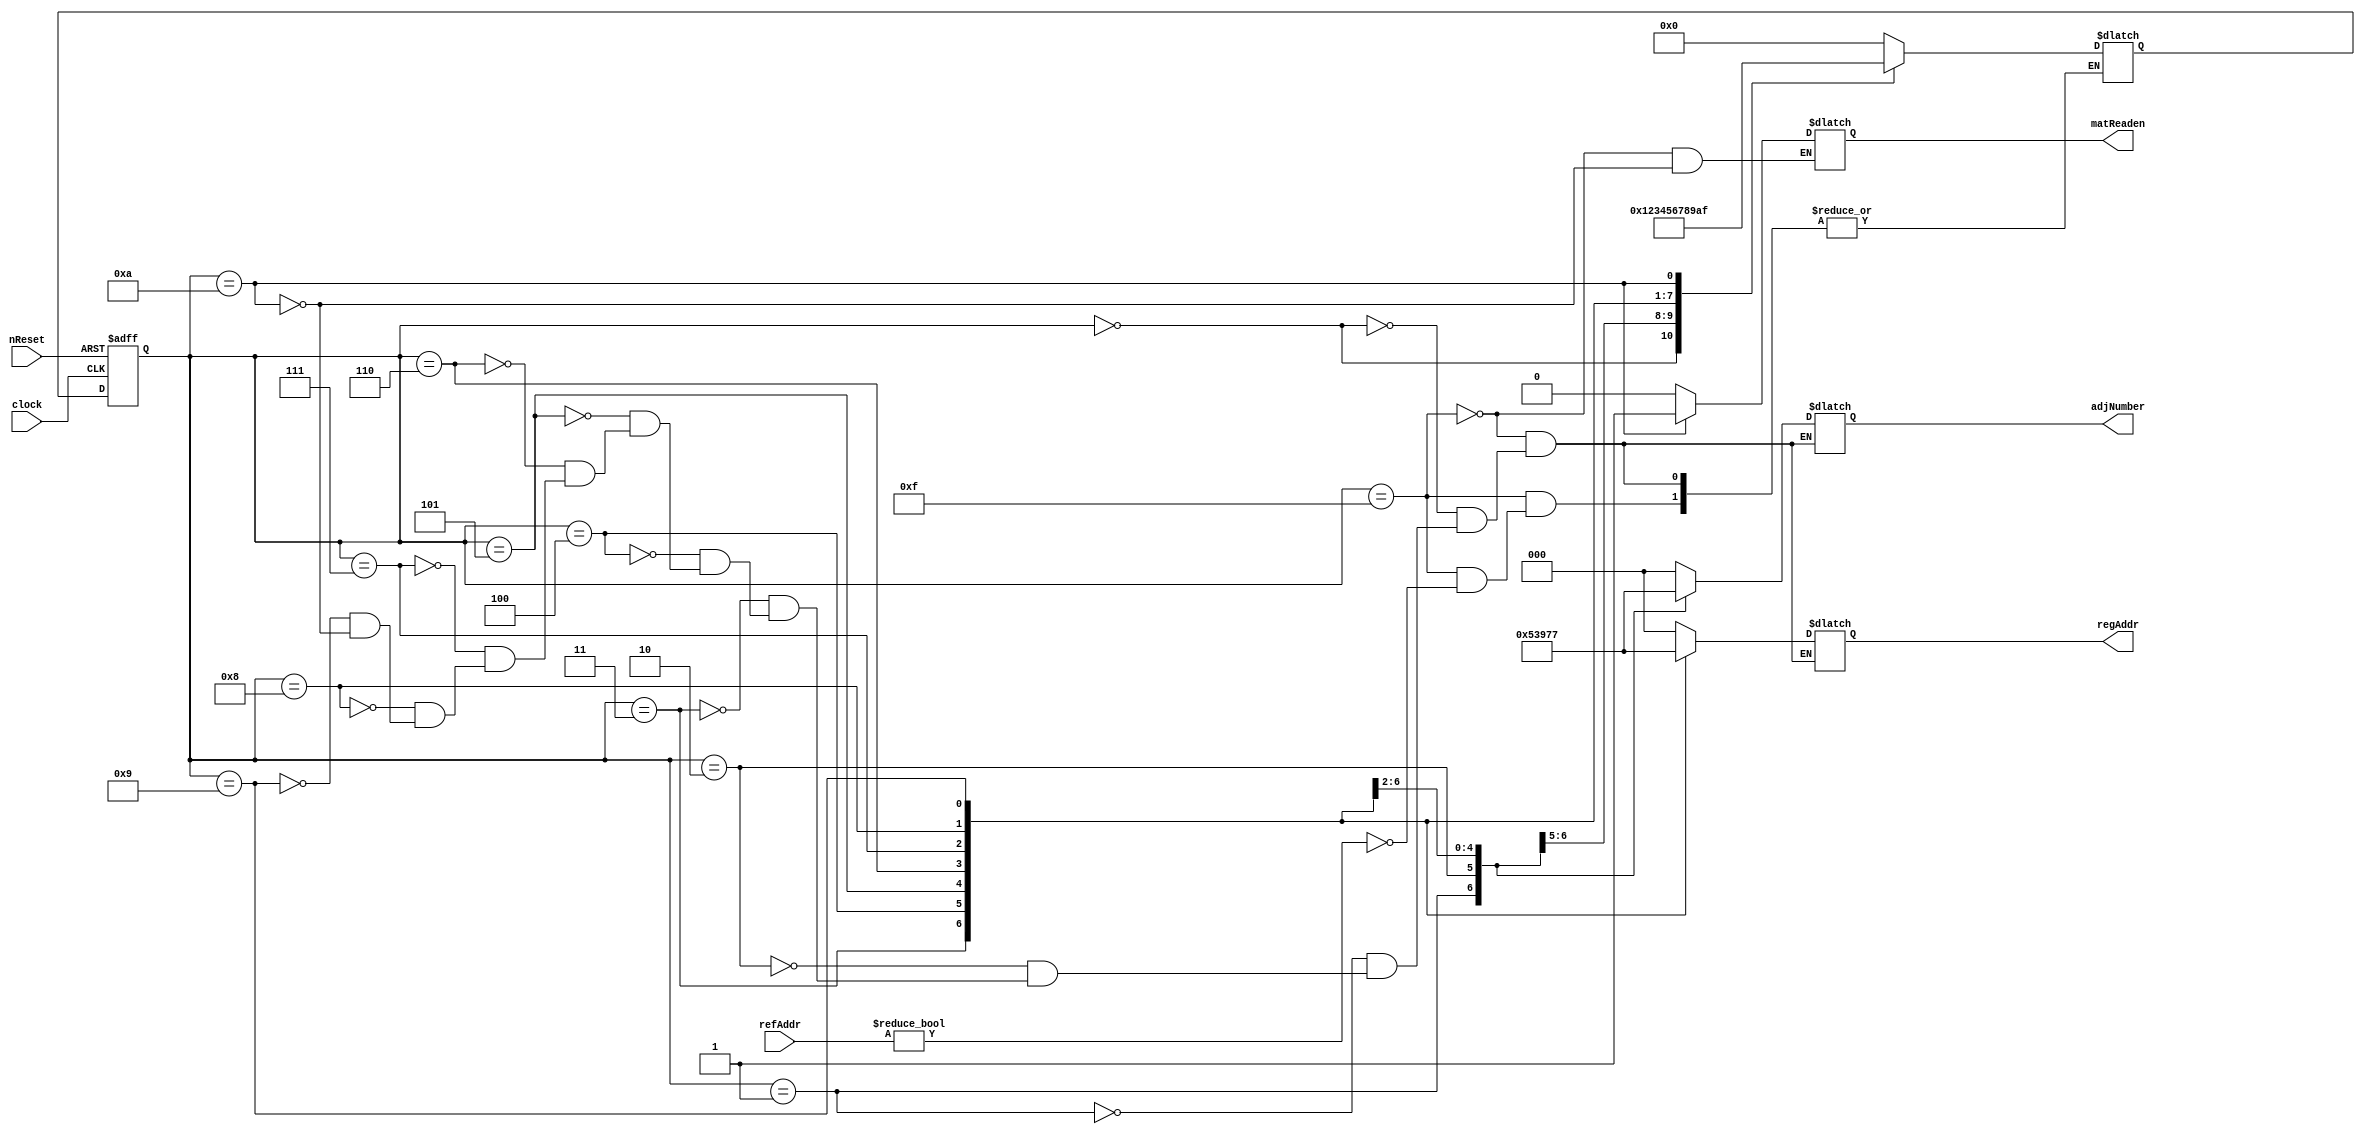
// This program was cloned from: https://github.com/ISKU/Autonomous-Drone-Design
// License: GNU General Public License v3.0

`define INIT 4'd15
`define S0 4'd0
`define S1 4'd1
`define S2 4'd2
`define S3 4'd3
`define S4 4'd4
`define S5 4'd5
`define S6 4'd6
`define S7 4'd7
`define S8 4'd8
`define S9 4'd9
`define S10 4'd10

module Mat_Controller (clock, nReset, refAddr, adjNumber, regAddr, matReaden);
	input clock;
	input nReset;
	input [14:0] refAddr; // 
	output [2:0] adjNumber; //   
	output [2:0] regAddr; //  
	output matReaden;
	
	reg [2:0] adjNumber; // 8  Index
	reg [2:0] regAddr; //  
	reg matReaden; // Datapath     enable 
	
	reg [3:0] curState, nextState; //  
	
	// Clock      
	always @(posedge clock or negedge nReset) begin
		if (!nReset)
			curState <= `INIT;
		else
			curState <= nextState;
	end
	
	// FSM
	always @(curState or refAddr) begin
		casex (curState)
			`INIT: begin
				if (refAddr)
					nextState = `S0;
					
				adjNumber = 3'bx;
				regAddr = 3'bx;
				matReaden = 1'b0;
			end
		
			`S0: begin
				nextState = `S1;
				adjNumber = 3'd0;
				regAddr = 3'bx;
			end
			
			`S1: begin
				nextState = `S2;
				adjNumber = 3'd1;
				regAddr = 3'bx;
			end
			
			`S2: begin
				nextState = `S3;
				adjNumber = 3'd2;
				regAddr = 3'd0;
			end
			
			`S3: begin
				nextState = `S4;
				adjNumber = 3'd3;
				regAddr = 3'd1;
			end
			
			`S4: begin
				nextState = `S5;
				adjNumber = 3'd4;				
				regAddr = 3'd2;
			end
			
			`S5: begin
				nextState = `S6;
				adjNumber = 3'd5;
				regAddr = 3'd3;
			end
			
			`S6: begin
				nextState = `S7;
				adjNumber = 3'd6;
				regAddr = 3'd4;
			end
			
			`S7: begin
				nextState = `S8;
				adjNumber = 3'd7;
				regAddr = 3'd5;
			end
			
			`S8: begin
				nextState = `S9;
				adjNumber = 3'dx;
				regAddr = 3'd6;
			end
			
			`S9: begin
				nextState = `S10;
				adjNumber = 3'dx;
				regAddr = 3'd7;
			end
			
			`S10: begin
				nextState = `INIT;
				adjNumber = 3'bx;
				regAddr = 3'bx;
				matReaden = 1'b1;
			end
		endcase
	end
endmodule